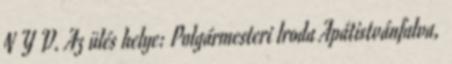
N Y V. Az ülés helye: Polgármesteri Iroda Apátistvánfalva,